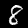
Digit: 8